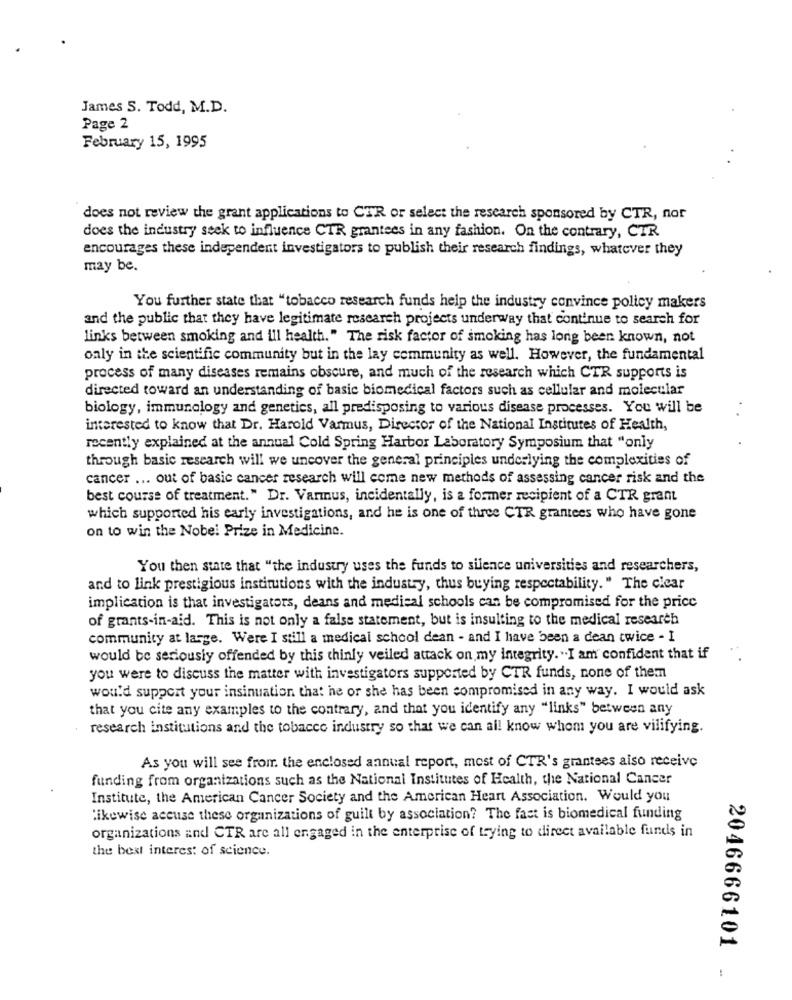
James S. Todd, M.D.
Page 2
February 15, 1995
does not review the grant applications to CTR or select the research sponsored by CTR, nor
does the industry seek to influence CTR grantees in any fashion. On the contrary, CTR
encourages these independent investigators to publish their research findings, whatever they
may be.
You further state that "tobacco research funds help the industry convince policy makers
and the public that they have legitimate research projects underway that continue to search for
links between smoking and ill health. " The risk factor of smoking has long been known, not
only in the scientific community but in the lay community as well. However, the fundamental
process of many diseases remains obscure, and much of the research which CTR supports is
directed toward an understanding of basic biomedical factors such as cellular and molecular
biology, immunology and genetics, all predisposing to various disease processes. You will be
interested to know that Dr. Harold Varmus, Director of the National Institutes of Health,
recently explained at the annual Cold Spring Harbor Laboratory Symposium that "only
through basic research will we uncover the general principles underlying the complexities of
cancer ... out of basic cancer research will come new methods of assessing cancer risk and the
best course of treatment." Dr. Varmus, incidentally, is a former recipient of a CTR grant
which supported his early investigations, and he is one of three CTR grantees who have gone
on to win the Nobel Prize in Medicine.
You then state that "the industry uses the funds to silence universities and researchers,
and to link prestigious institutions with the industry, thus buying respectability. " The clear
implication is that investigators, deans and medical schools can be compromised for the price
of grants-in-aid. This is not only a false statement, but is insulting to the medical research
community at large. Were I still a medical school dean - and I have been a dean twice - I
would be seriously offended by this thinly veiled attack on my integrity. "I am confident that if
you were to discuss the matter with investigators supported by CTR funds, none of them
would support your insinuation that he or she has been compromised in any way. I would ask
that you cite any examples to the contrary, and that you identify any "links" between any
research institutions and the tobacco industry so that we can all know whom you are vilifying.
As you will see from the enclosed annual report, most of CTR's grantees also receive
funding from organizations such as the National Institutes of Health, the National Cancer
Institute, the American Cancer Society and the American Heart Association. Would you
likewise aceuse these organizations of guilt by association? The fast is biomedical funding
organizations and CTR are all engaged in the enterprise of trying to direct available funds in
the best interest of science.
2046666101 .